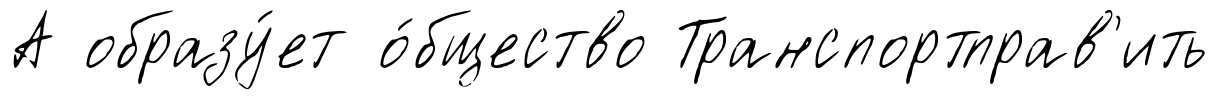
А образу́ет о́бщество Транспортправ'ить